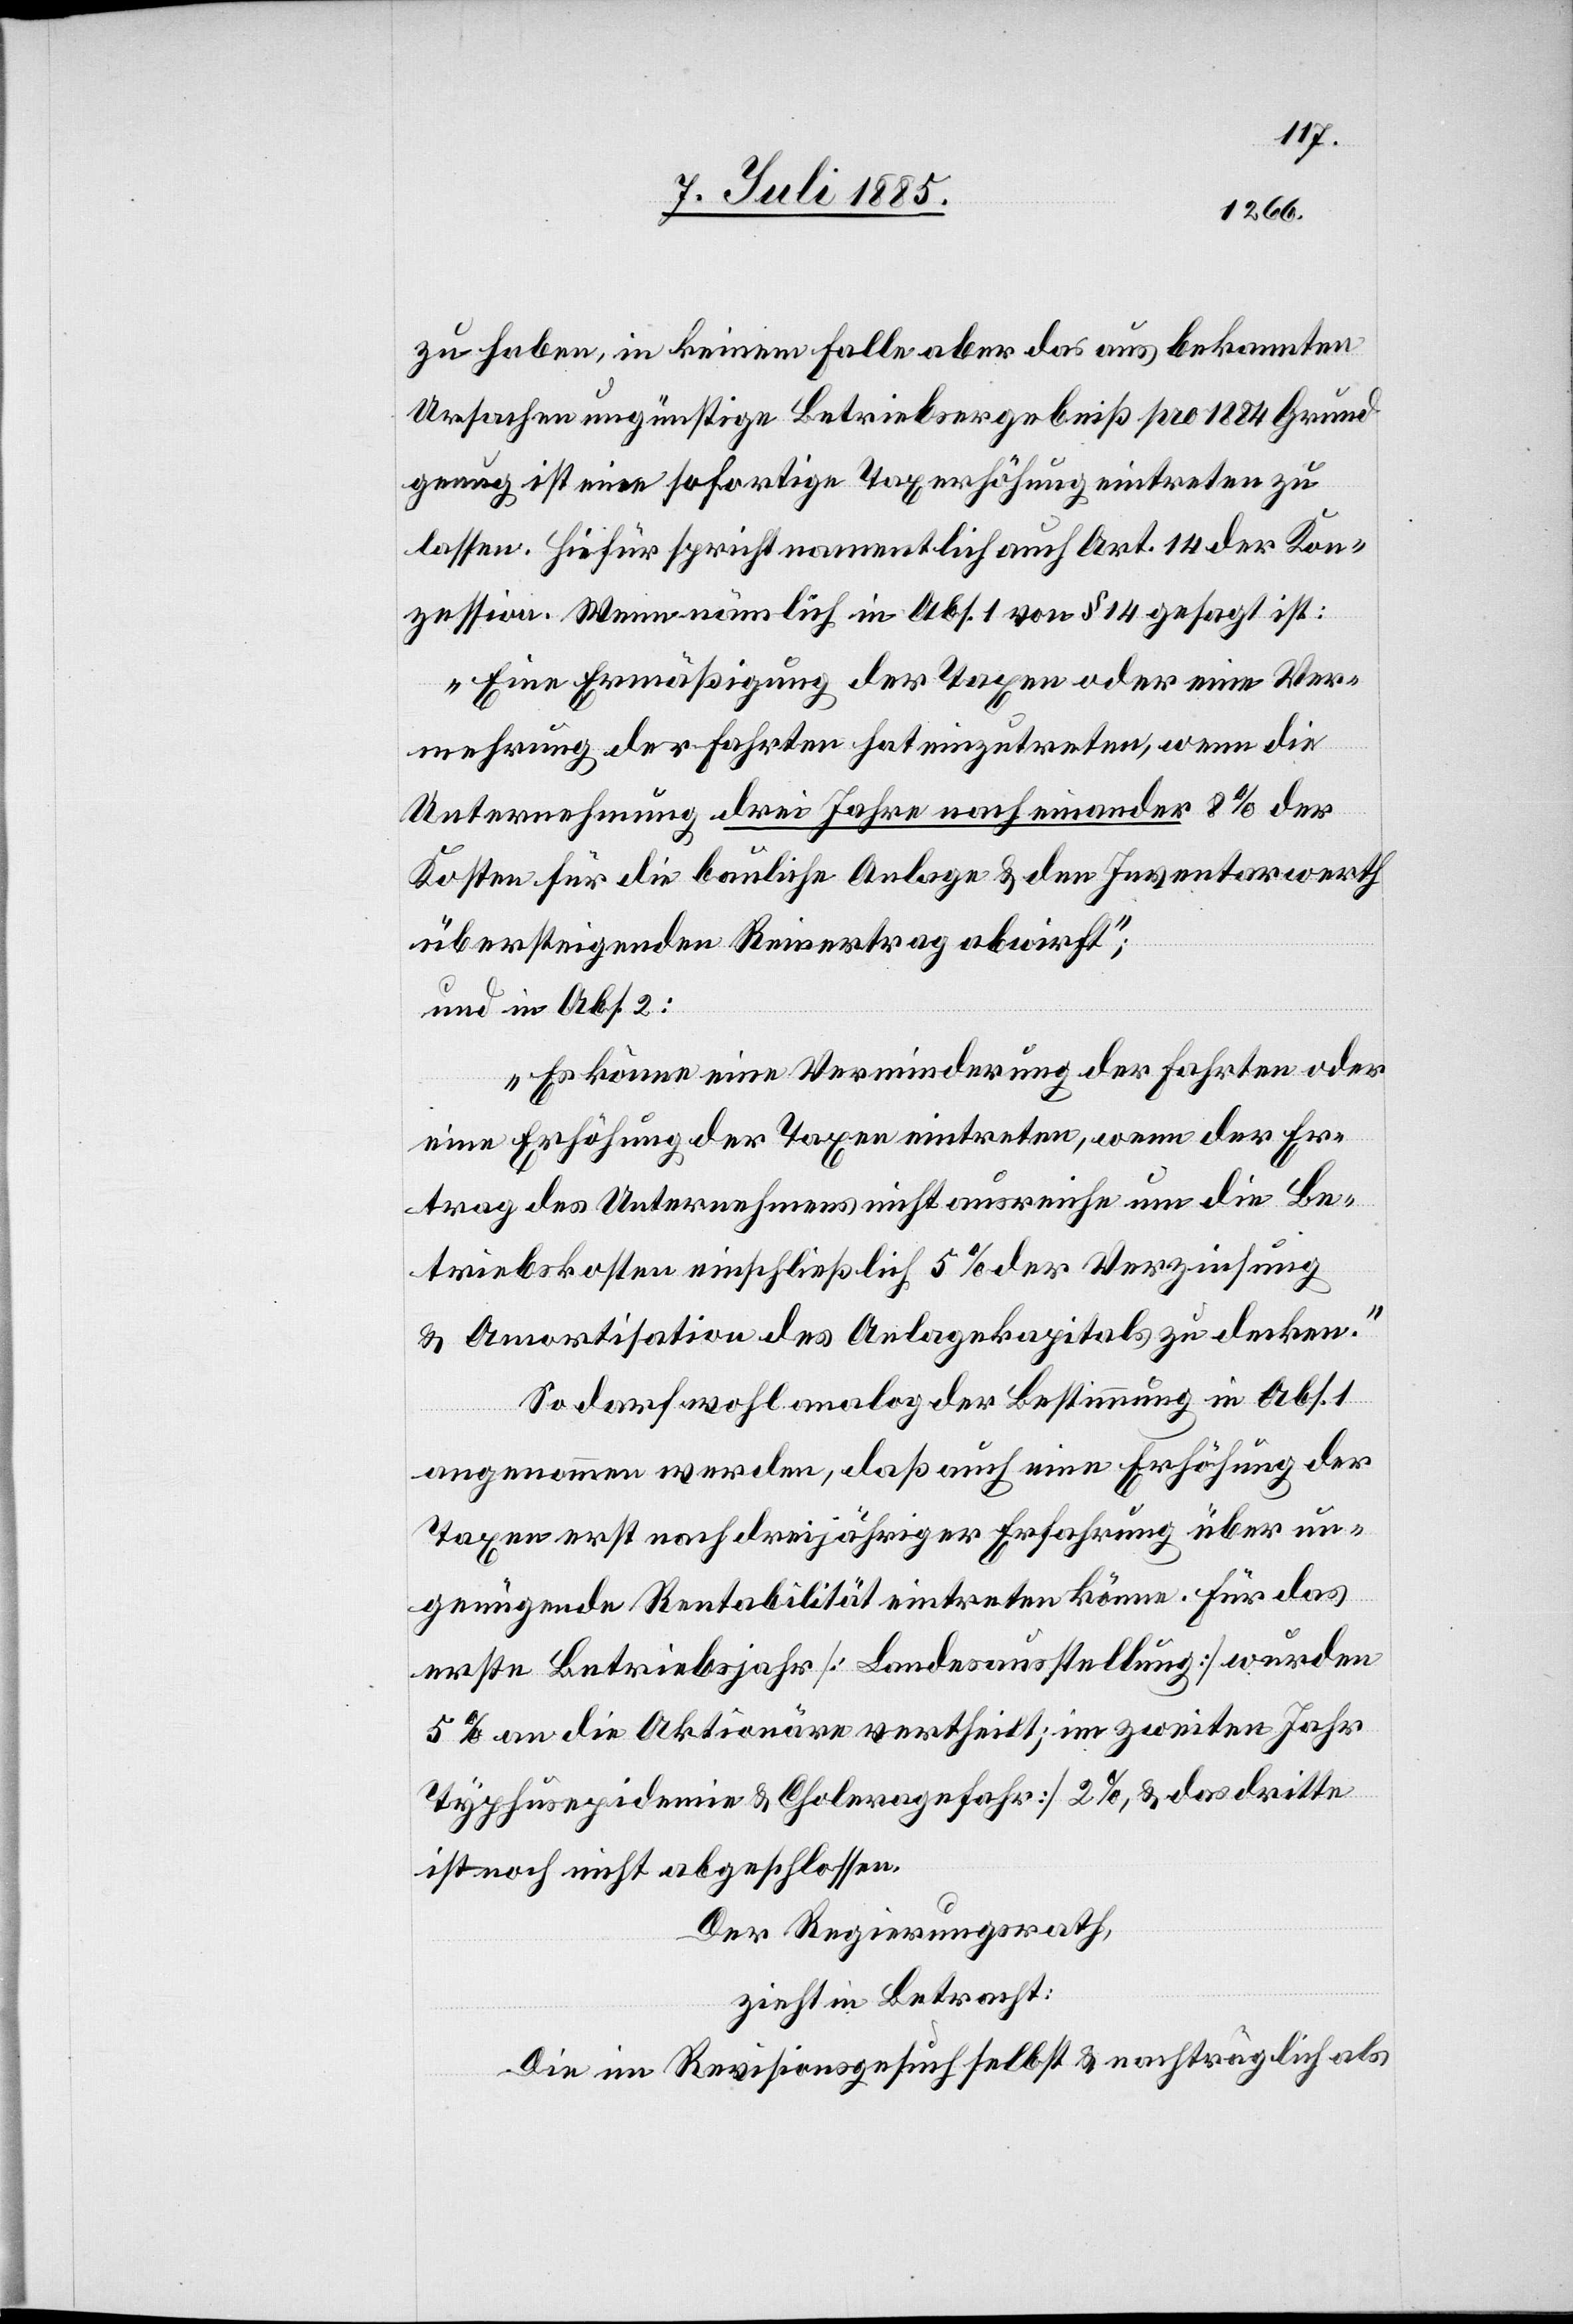
31. Mai 1885
1865,
zu haben, in keinem Falle aber das aus bekannten
Ursachen ungünstige Betriebsergebniß pro 1884 Grund
genug ist eine sofortige Taxerhöhung eintreten zu
lassen. Hiefür spricht namentlich auch Art. 14 der Kon¬
zession. Wenn nämlich in Abs. 1 von § 14 gesagt ist:
„Eine Ermäßigung der Taxen oder eine Ver¬
mehrung der Fahrten hat einzutreten, wenn die
Unternehmung drei Jahre nacheinander 8% der
Kosten für die bauliche Anlage & den Inventarwerth
übersteigenden Reinvertrag abwirft“;
und in Abs. 2:
„Es könne eine Verminderung der Fahrten oder
eine Erhöhung der Taxen eintreten, wenn der Er¬
trag des Unternehmens nicht ausreiche um die Be¬
triebskosten einschließlich 5% der Verzinsung
& Amortisation des Anlagekapitals zu decken.“
So darf wohl analog der Bestimmung in Abs. 1
angenommen werden, daß auch eine Erhöhung der
Taxen erst nach dreijähriger Erfahrung über un¬
genügende Rentabilität eintreten könne. Für das
erste Betriebsjahr [Landesausstellung] wurden
5% an die Aktionäre vertheilt; im zweiten Jahr
[Typhusepidemie & Choleragefahr] 2%, & das dritte
ist noch nicht abgeschlossen.
Der Regierungsrath,
zieht in Betracht:
Die im Revisionsgesuch selbst & nachträglich als